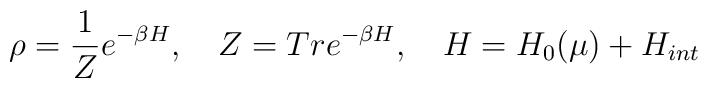
\rho =\frac{1}{Z}e^{-\beta H},\quad Z=Tre^{-\beta H},\quad H=H_{0}(\mu)+H_{int}